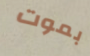
بموت